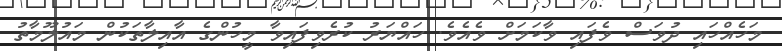
މަހެއްހައި ދުވަސް ވެފައި ވާކަމަށް ވެއެވެ. ހައްޔަރު ކުރެވިފައިވާ މީހުންގެ އާއިލާތަކުން މައުލޫމާތު